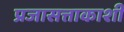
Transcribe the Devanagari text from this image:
प्रजासत्ताकाशी